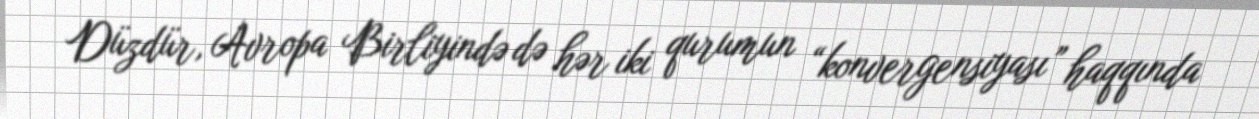
Düzdür, Avropa Birliyində də hər iki qurumun “konvergensiyası” haqqında